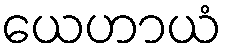
ယေဟာယံ